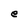
Character: e